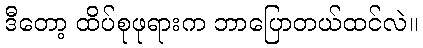
ဒီတော့ ထိပ်စုဖုရားက ဘာပြောတယ်ထင်လဲ။